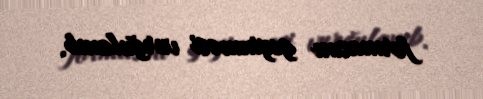
formasını geyinməsi vurğulanıb.